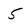
Character: 5